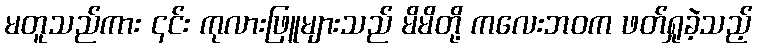
မတူသည်ကား ၎င်း ကုလားဖြူများသည် မိမိတို့ ကလေးဘဝက ဖတ်ရှုခဲ့သည့်